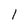
Character: l